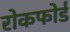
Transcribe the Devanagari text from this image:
रोकफोर्ड